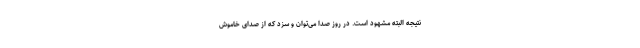
نتیجه البته مشهود است. در روز صدا می‌توان و سِزَد که از صدای خاموش